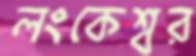
লংকেশ্বর